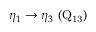
\eta _ { 1 } \rightarrow \eta _ { 3 } ~ ( \mathrm { Q _ { 1 3 } } )